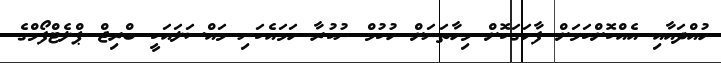
ހުއްދައާއި އެއްކޮށްކަމަށް ފާހަަގަކޮށް މިހާތަނަށް ހުކުމް ނުކުރާ ހަމައެކަނި މައްސަލައަކީ ބްރިޖް ޕްލެޓްފޯމްގެ